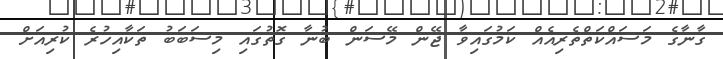
ގާނާގެ މަސައްކަތްތެރިއެއްް ކަމުގައިވާ ޖޭން މޭސަން ބުނާ ގޮތުގައި މިސަބަބު ތަކާއިހުރެ ކުރިއަށް